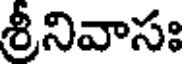
శ్రీనివాసః